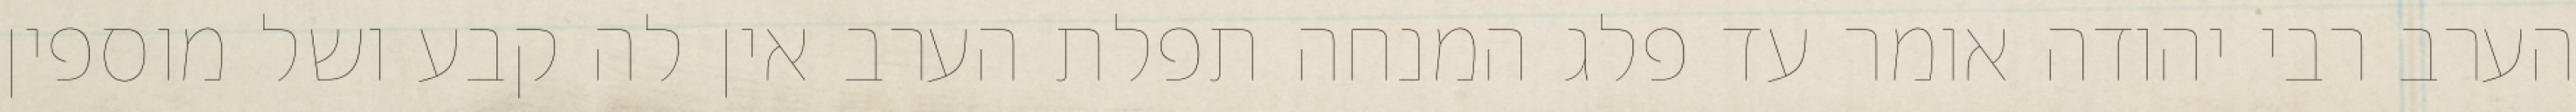
הערב רבי יהודה אומר עד פלג המנחה תפלת הערב אין לה קבע ושל מוספין